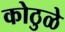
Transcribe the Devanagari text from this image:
कोठुळे